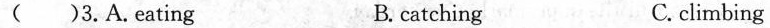
( )3.A.Eating B. catching C. climbing